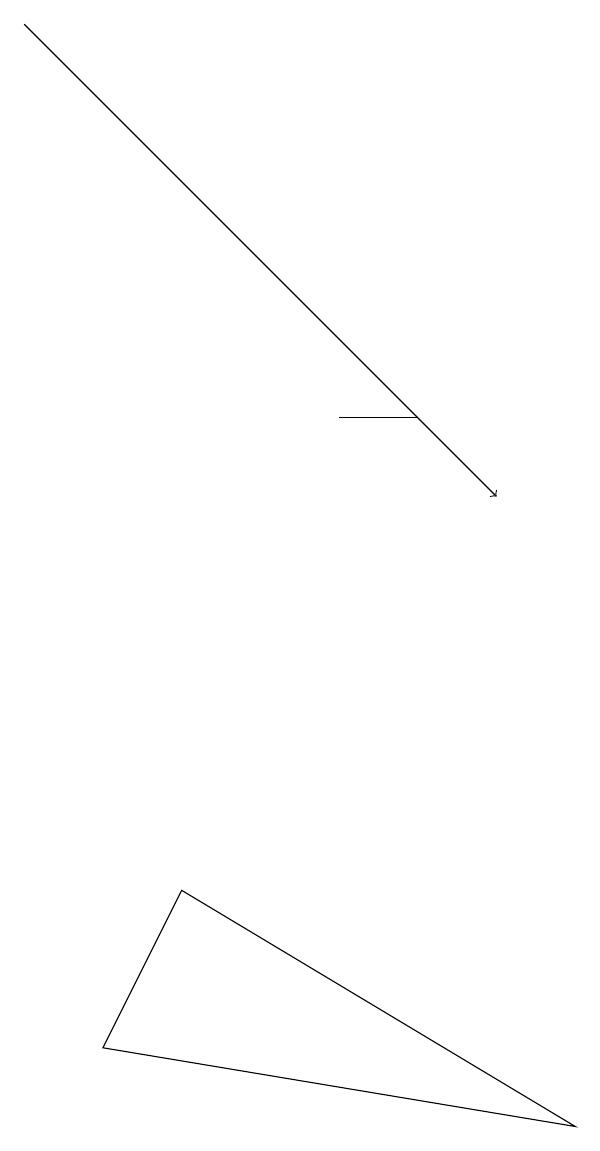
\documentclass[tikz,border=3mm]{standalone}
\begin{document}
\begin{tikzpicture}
\draw[->] (1,19) -- (7,13);
\draw (2,6) -- (3,8) -- (8,5) -- cycle;
\draw (6,14) rectangle (5,14);
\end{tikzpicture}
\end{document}